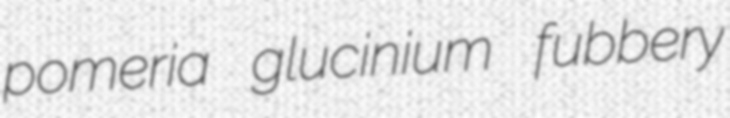
pomeria glucinium fubbery